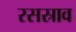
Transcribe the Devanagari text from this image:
रसस्राव